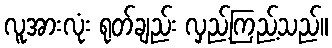
လူအားလုံး ရုတ်ချည်း လှည့်ကြည့်သည်။